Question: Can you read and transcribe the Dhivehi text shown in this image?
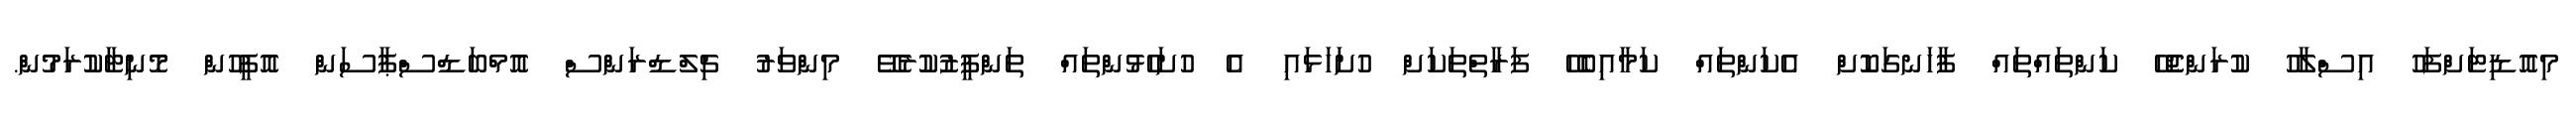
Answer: މިއޮޑިޓަށްފަހު އިސްލާހު ކުރަންޖެހޭ ކަންތައްތައް ފާހަނގަކޮށް އެކަންތައް ކަމާއިބެހޭ ފަރާތްތަކަށް ހުށަހަޅައި އެ ހުށަހެޅުންތައް ތަންފީޒުކުރެވޭ މިންވަރު ޗިލްޑްރަންސް އޮމްބަޑްސްޕާސަން އޮފީހުން މޮނިޓާކުރަމުން.